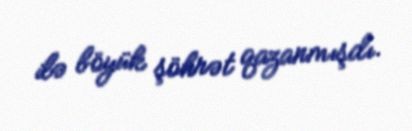
ilə böyük şöhrət qazanmışdı.